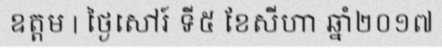
ឧត្តម | ថ្ងៃសៅរ៍ ទី៥ ខែសីហា ឆ្នាំ២០១៧